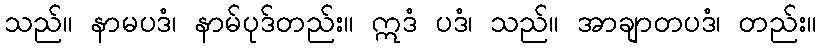
သည်။ နာမပဒံ၊ နာမ်ပုဒ်တည်း။ ဣဒံ ပဒံ၊ သည်။ အာချာတပဒံ၊ တည်း။